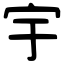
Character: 宇